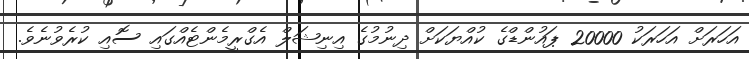
އަހަރަށް އަހަރަކު 20000 ޕައުންޑްގެ ކުއްޔަކަށް ދިނުމުގެ އިނިޝަލް އެގްރީމެންޓެއްގައި ސޮއި ކުރެވުނެވެ.